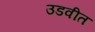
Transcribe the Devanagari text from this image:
उडवीत